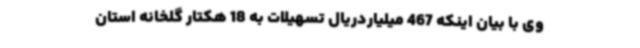
وی با بیان اینکه 467 میلیاردریال تسهیلات به 18 هکتار گلخانه استان